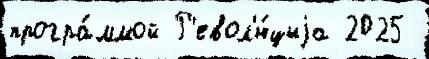
програ́ммой Р'евол'ю́циjа 2025